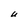
Character: U